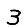
Digit: 3